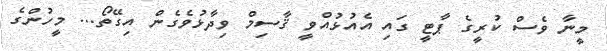
މީނާ ވެސް ކުރީގެ ޕާޓީ ގައި އެއުޅުއްވީ ޤާސިމް ވިދާޅުވެގެން އިގޭތޯ... މީހުންގެ